Vaccination in Bombay 1863-1868 - 1863-1868
Year: 1863
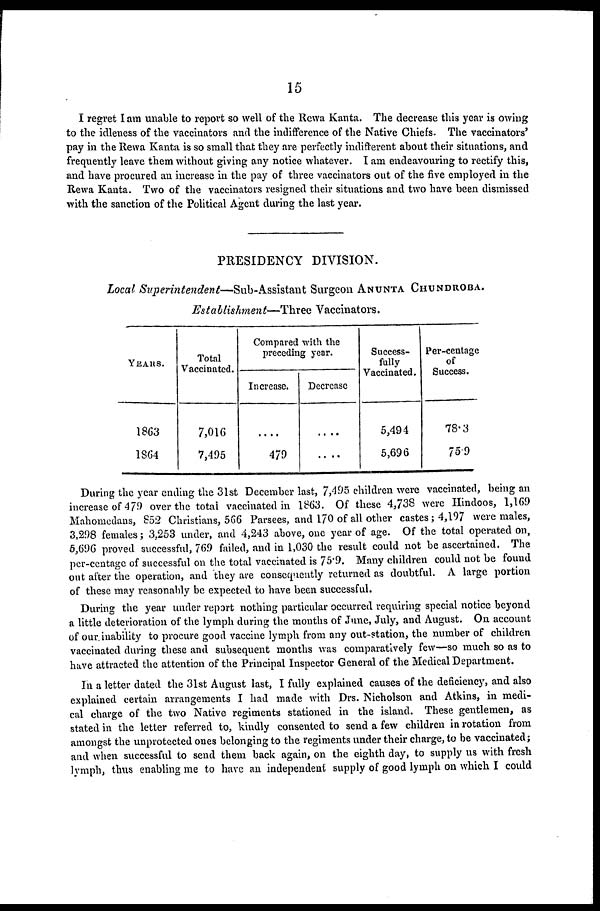
15
I regret I am unable to report so well of the Rewa Kanta. The decrease this year is owing
to the idleness of the vaccinators and the indifference of the Native Chiefs. The vaccinators'
pay in the Rewa Kanta is so small that they are perfectly indifferent about their situations, and
frequently leave them without giving any notice whatever. I am endeavouring to rectify this,
and have procured an increase in the pay of three vaccinators out of the five employed in the
Rewa Kanta. Two of the vaccinators resigned their situations and two have been dismissed
with the sanction of the Political Agent during the last year.
PRESIDENCY DIVISION.
Local Superintendent—Sub-Assistant
Surgeon ANUNTA CHUNDROBA.
Establishment—Three
Vaccinators.
YEARS.
1863
1864
Total
Vaccinated.
7,016
7,495
Compared with the
preceding year.
Increase.
....
479
Decrease
....
....
Success-
fully
Vaccinated.
5,494
5,696
Per-centage
of
Success.
78.3
75.9
During the year ending the 31st December last, 7,495 children were vaccinated, being an
increase of 479 over the total vaccinated in 1863. Of these 4,738 were Hindoos, 1,169
Mahomedans, 852 Christians, 566 Parsees, and 170 of all other castes; 4,197 were males,
3,298 females; 3,253 under, and 4,243 above, one year of age. Of the total operated on,
5,696 proved successful, 769 failed, and in 1,030 the result could not be ascertained. The
per-centage of successful on the total vaccinated is 75.9. Many children could not be found
out after the operation, and they are consequently returned as doubtful. A large portion
of these may reasonably be expected to have been successful.
During the year under report nothing particular occurred requiring special notice beyond
a little deterioration of the lymph during the months of June, July, and August. On account
of our. inability to procure good vaccine lymph from any out-station, the number of children
vaccinated during these and subsequent months was comparatively few—so much so as to
have attracted the attention of the Principal Inspector General of the Medical Department.
In a letter dated the 31st August last, I fully explained causes of the deficiency, and also
explained certain arrangements I had made with Drs. Nicholson and Atkins, in medi-
cal charge of the two Native regiments stationed in the island. These gentlemen, as
stated in the letter referred to, kindly consented to send a few children in rotation from
amongst the unprotected ones belonging to the regiments under their charge, to be vaccinated;
and when successful to send them back again, on the eighth day, to supply us with fresh
lymph, thus enabling me to have an independent supply of good lymph on which I could